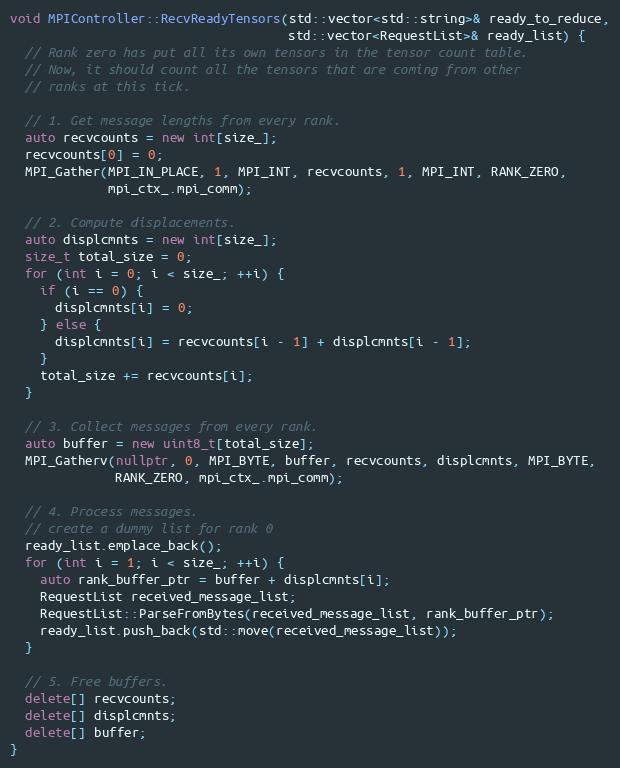
Language: C++
void MPIController::RecvReadyTensors(std::vector<std::string>& ready_to_reduce,
                                     std::vector<RequestList>& ready_list) {
  // Rank zero has put all its own tensors in the tensor count table.
  // Now, it should count all the tensors that are coming from other
  // ranks at this tick.

  // 1. Get message lengths from every rank.
  auto recvcounts = new int[size_];
  recvcounts[0] = 0;
  MPI_Gather(MPI_IN_PLACE, 1, MPI_INT, recvcounts, 1, MPI_INT, RANK_ZERO,
             mpi_ctx_.mpi_comm);

  // 2. Compute displacements.
  auto displcmnts = new int[size_];
  size_t total_size = 0;
  for (int i = 0; i < size_; ++i) {
    if (i == 0) {
      displcmnts[i] = 0;
    } else {
      displcmnts[i] = recvcounts[i - 1] + displcmnts[i - 1];
    }
    total_size += recvcounts[i];
  }

  // 3. Collect messages from every rank.
  auto buffer = new uint8_t[total_size];
  MPI_Gatherv(nullptr, 0, MPI_BYTE, buffer, recvcounts, displcmnts, MPI_BYTE,
              RANK_ZERO, mpi_ctx_.mpi_comm);

  // 4. Process messages.
  // create a dummy list for rank 0
  ready_list.emplace_back();
  for (int i = 1; i < size_; ++i) {
    auto rank_buffer_ptr = buffer + displcmnts[i];
    RequestList received_message_list;
    RequestList::ParseFromBytes(received_message_list, rank_buffer_ptr);
    ready_list.push_back(std::move(received_message_list));
  }

  // 5. Free buffers.
  delete[] recvcounts;
  delete[] displcmnts;
  delete[] buffer;
}